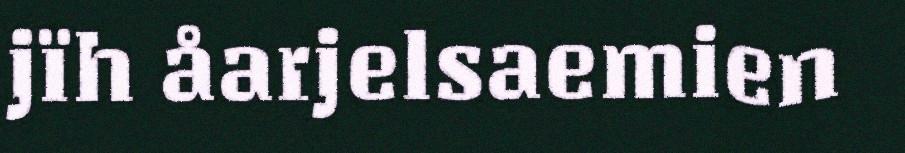
jïh åarjelsaemien